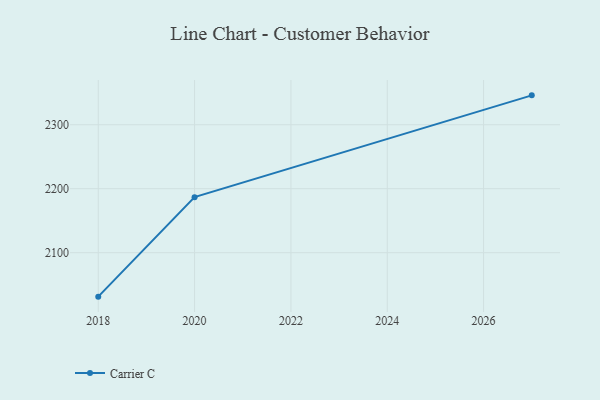
{"axis": {"x": "Year", "y": "Tickets Resolved"}, "legend": ["Carrier C"], "data": [{"x": "2018", "y": 2031.3, "type": "Carrier C"}, {"x": "2020", "y": 2186.8, "type": "Carrier C"}, {"x": "2027", "y": 2345.9, "type": "Carrier C"}]}